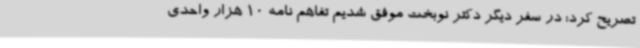
تصریح کرد: در سفر دیگر دکتر نوبخت موفق شدیم تفاهم نامه 10 هزار واحدی